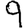
Digit: 9